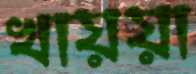
খায়য়া